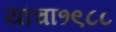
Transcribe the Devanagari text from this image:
यांचा१९८८